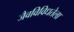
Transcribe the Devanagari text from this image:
जैवविविधतेला